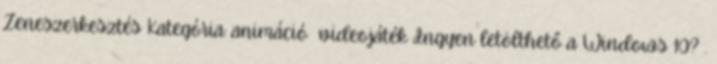
Zeneszerkesztés Kategória: animáció videojáték Ingyen letölthető a Windows 10? .